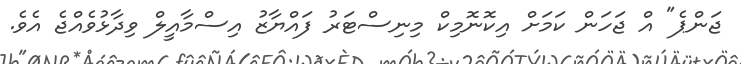
ޖަންޕެ" އް ޖަހަން ކަމަށް އިކޮނޮމިކް މިނިސްޓަރު ފައްޔާޒު އިސްމާއީލް ވިދާޅުވެއްޖެ އެވެ.